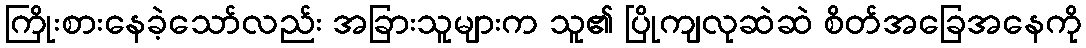
ကြိုးစားနေခဲ့သော်လည်း အခြားသူများက သူ၏ ပြိုကျလုဆဲဆဲ စိတ်အခြေအနေကို